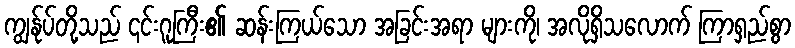
ကျွန်ုပ်တို့သည် ၎င်းဂူကြီး၏ ဆန်းကြယ်သော အခြင်းအရာ များကို၊ အလိုရှိသလောက် ကြာရှည်စွာ